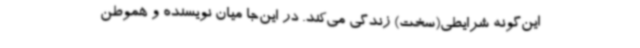
این‌گونه شرایطی(سخت) زندگی می‌کند. در این‌جا میان نویسنده و هموطن